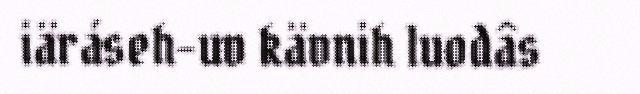
iäráseh-uv kävnih luodâs